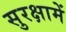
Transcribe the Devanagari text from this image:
सुरक्षामें